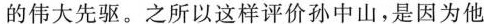
的伟大先驱。之所以这样评价孙中山，是因为他